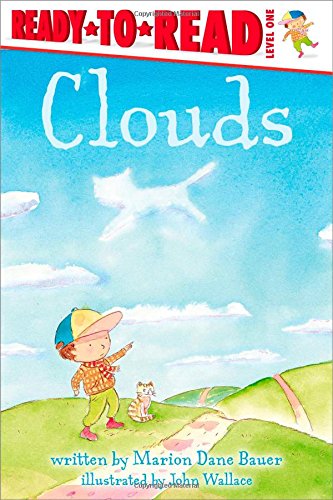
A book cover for Clouds (Ready-to-Reads); Marion Dane Bauer; Children's Books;